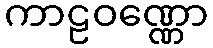
ကာဠဝဏ္ဏော